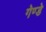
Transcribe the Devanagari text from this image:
गेण्डे